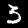
Digit: 3